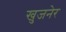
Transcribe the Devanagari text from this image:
खुजनेर